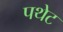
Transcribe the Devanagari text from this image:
पथेट